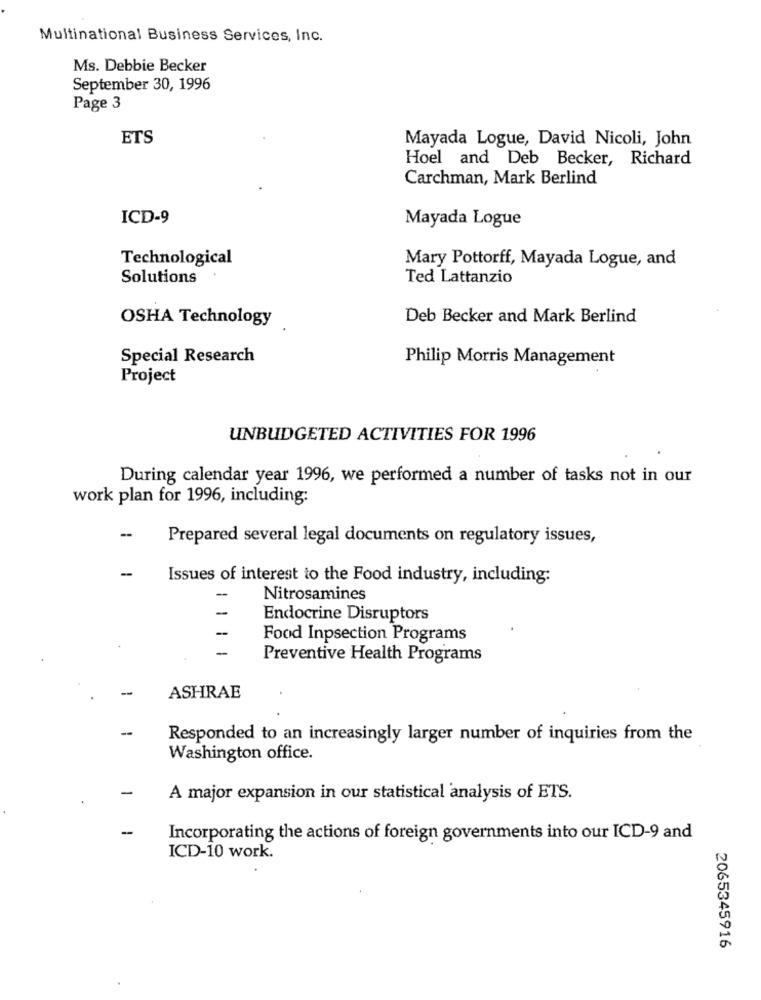
Multinational Business Services, Inc.
Ms. Debbie Becker
September 30, 1996
Page 3
ETS
Mayada Logue, David Nicoli, John
Hoel and Deb Becker, Richard
Carchman, Mark Berlind
ICD-9
Mayada Logue
Technological
Mary Pottorff, Mayada Logue, and
Solutions
Ted Lattanzio
OSHA Technology
Deb Becker and Mark Berlind
Special Research
Philip Morris Management
Project
UNBUDGETED ACTIVITIES FOR 1996
During calendar year 1996, we performed a number of tasks not in our
work plan for 1996, including:
--
Prepared several legal documents on regulatory issues,
--
Issues of interest to the Food industry, including:
-
Nitrosamines
-
Endocrine Disruptors
-
Food Inpsection Programs
-
Preventive Health Programs
ASHRAE
Responded to an increasingly larger number of inquiries from the
Washington office.
A major expansion in our statistical analysis of ETS.
Incorporating the actions of foreign governments into our ICD-9 and
ICD-10 work.
2065345916